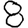
Digit: 8